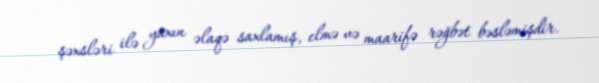
şəxsləri ilə yaxın əlaqə saxlamış, elmə və maarifə rəğbət bəsləmişdir.